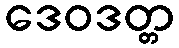
ဒေဝဒတ္တ